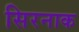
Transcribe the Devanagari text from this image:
सिरनाक